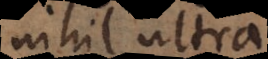
nihil ultra.